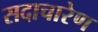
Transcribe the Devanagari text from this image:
सदाचारेण